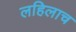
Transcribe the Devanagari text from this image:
लहिलाच